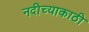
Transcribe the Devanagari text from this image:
नदीच्याकाठी